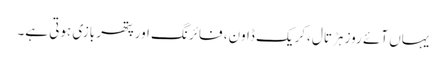
یہاں آئے روز ہڑتال ،کریک ڈاون، فائرنگ اورپتھر بازی ہوتی ہے۔